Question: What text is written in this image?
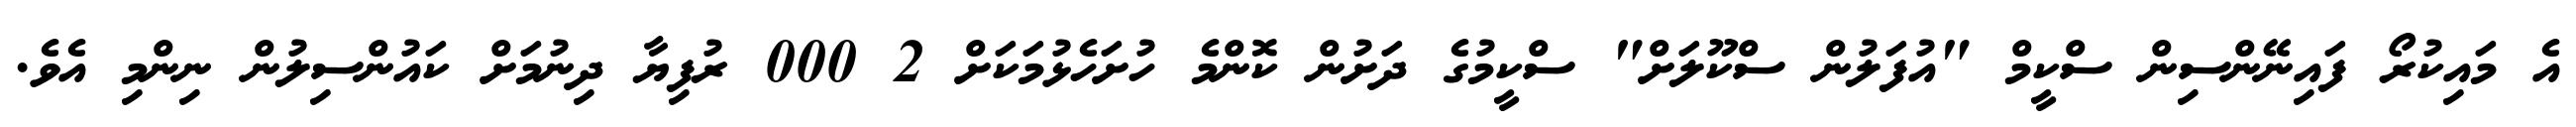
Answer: އެ މައިކުރޯ ފައިނޭންސިން ސްކީމް "އުފަލުން ސްކޫލަށް" ސްކީމުގެ ދަށުން ކޮންމެ ހުށަހެޅުމަކަށް 2 000 ރުފިޔާ ދިނުމަށް ކައުންސިލުން ނިންމި އެވެ.